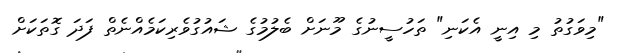
"މިވަގުތު މި އިނީ އެކަނި" ތަހުސީނުގެ މޫނަށް ބެލުމުގެ ޝައުގުވެރިކަމެއްނެތް ފަދަ ގޮތަކަށް